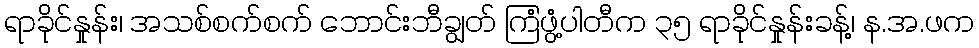
ရာခိုင်နှုန်း၊ အသစ်စက်စက် ဘောင်းဘီချွတ် ကြံဖွံ့ပါတီက ၃၅ ရာခိုင်နှုန်းခန့်၊ န.အ.ဖက